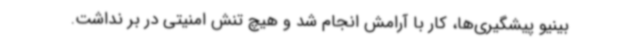
‌بینیو پیشگیری‌ها، کار با آرامش انجام شد و هیچ تنش امنیتی در بر نداشت.